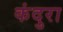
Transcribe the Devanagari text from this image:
कंदुरा